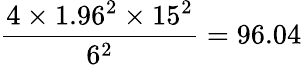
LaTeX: {\frac{4\times 1.96^{2}\times 15^{2}}{6^{2}}}=96.04